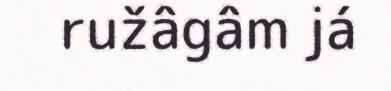
ružâgâm já